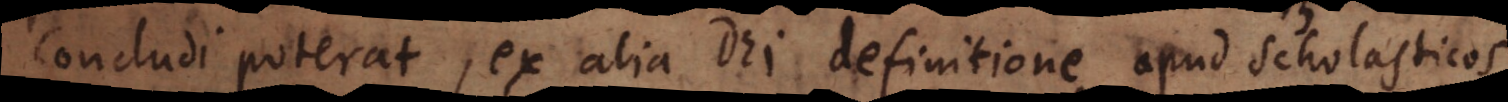
concludi poterat, ex alia Dei definitione apud Scholasticos